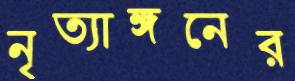
নৃত্যাঙ্গনের